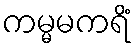
ကမ္မမကရိံ